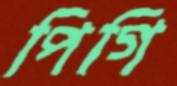
পিগি